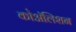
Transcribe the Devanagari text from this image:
कोॲलिशन